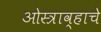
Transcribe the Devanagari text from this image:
ओस्त्राव्हाचे